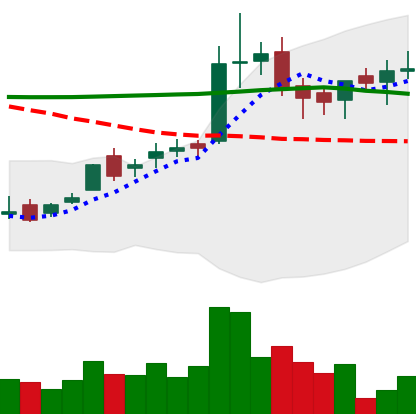
Ticker: LTC-USD
Chart end date: 2016-02-29
Forward return: -7.369%
Label: down_7plus